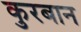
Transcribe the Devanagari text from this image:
कुरबान